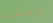
والعشاء